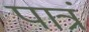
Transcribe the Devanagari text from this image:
पात्रं